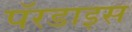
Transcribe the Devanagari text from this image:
पॅरडाइस